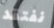
نفتقد